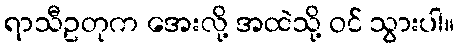
ရာသီဥတုက အေးလို့ အထဲသို့ ဝင် သွားပါ။